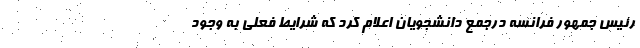
رئیس جمهور فرانسه درجمع دانشجویان اعلام کرد که شرایط فعلی به وجود